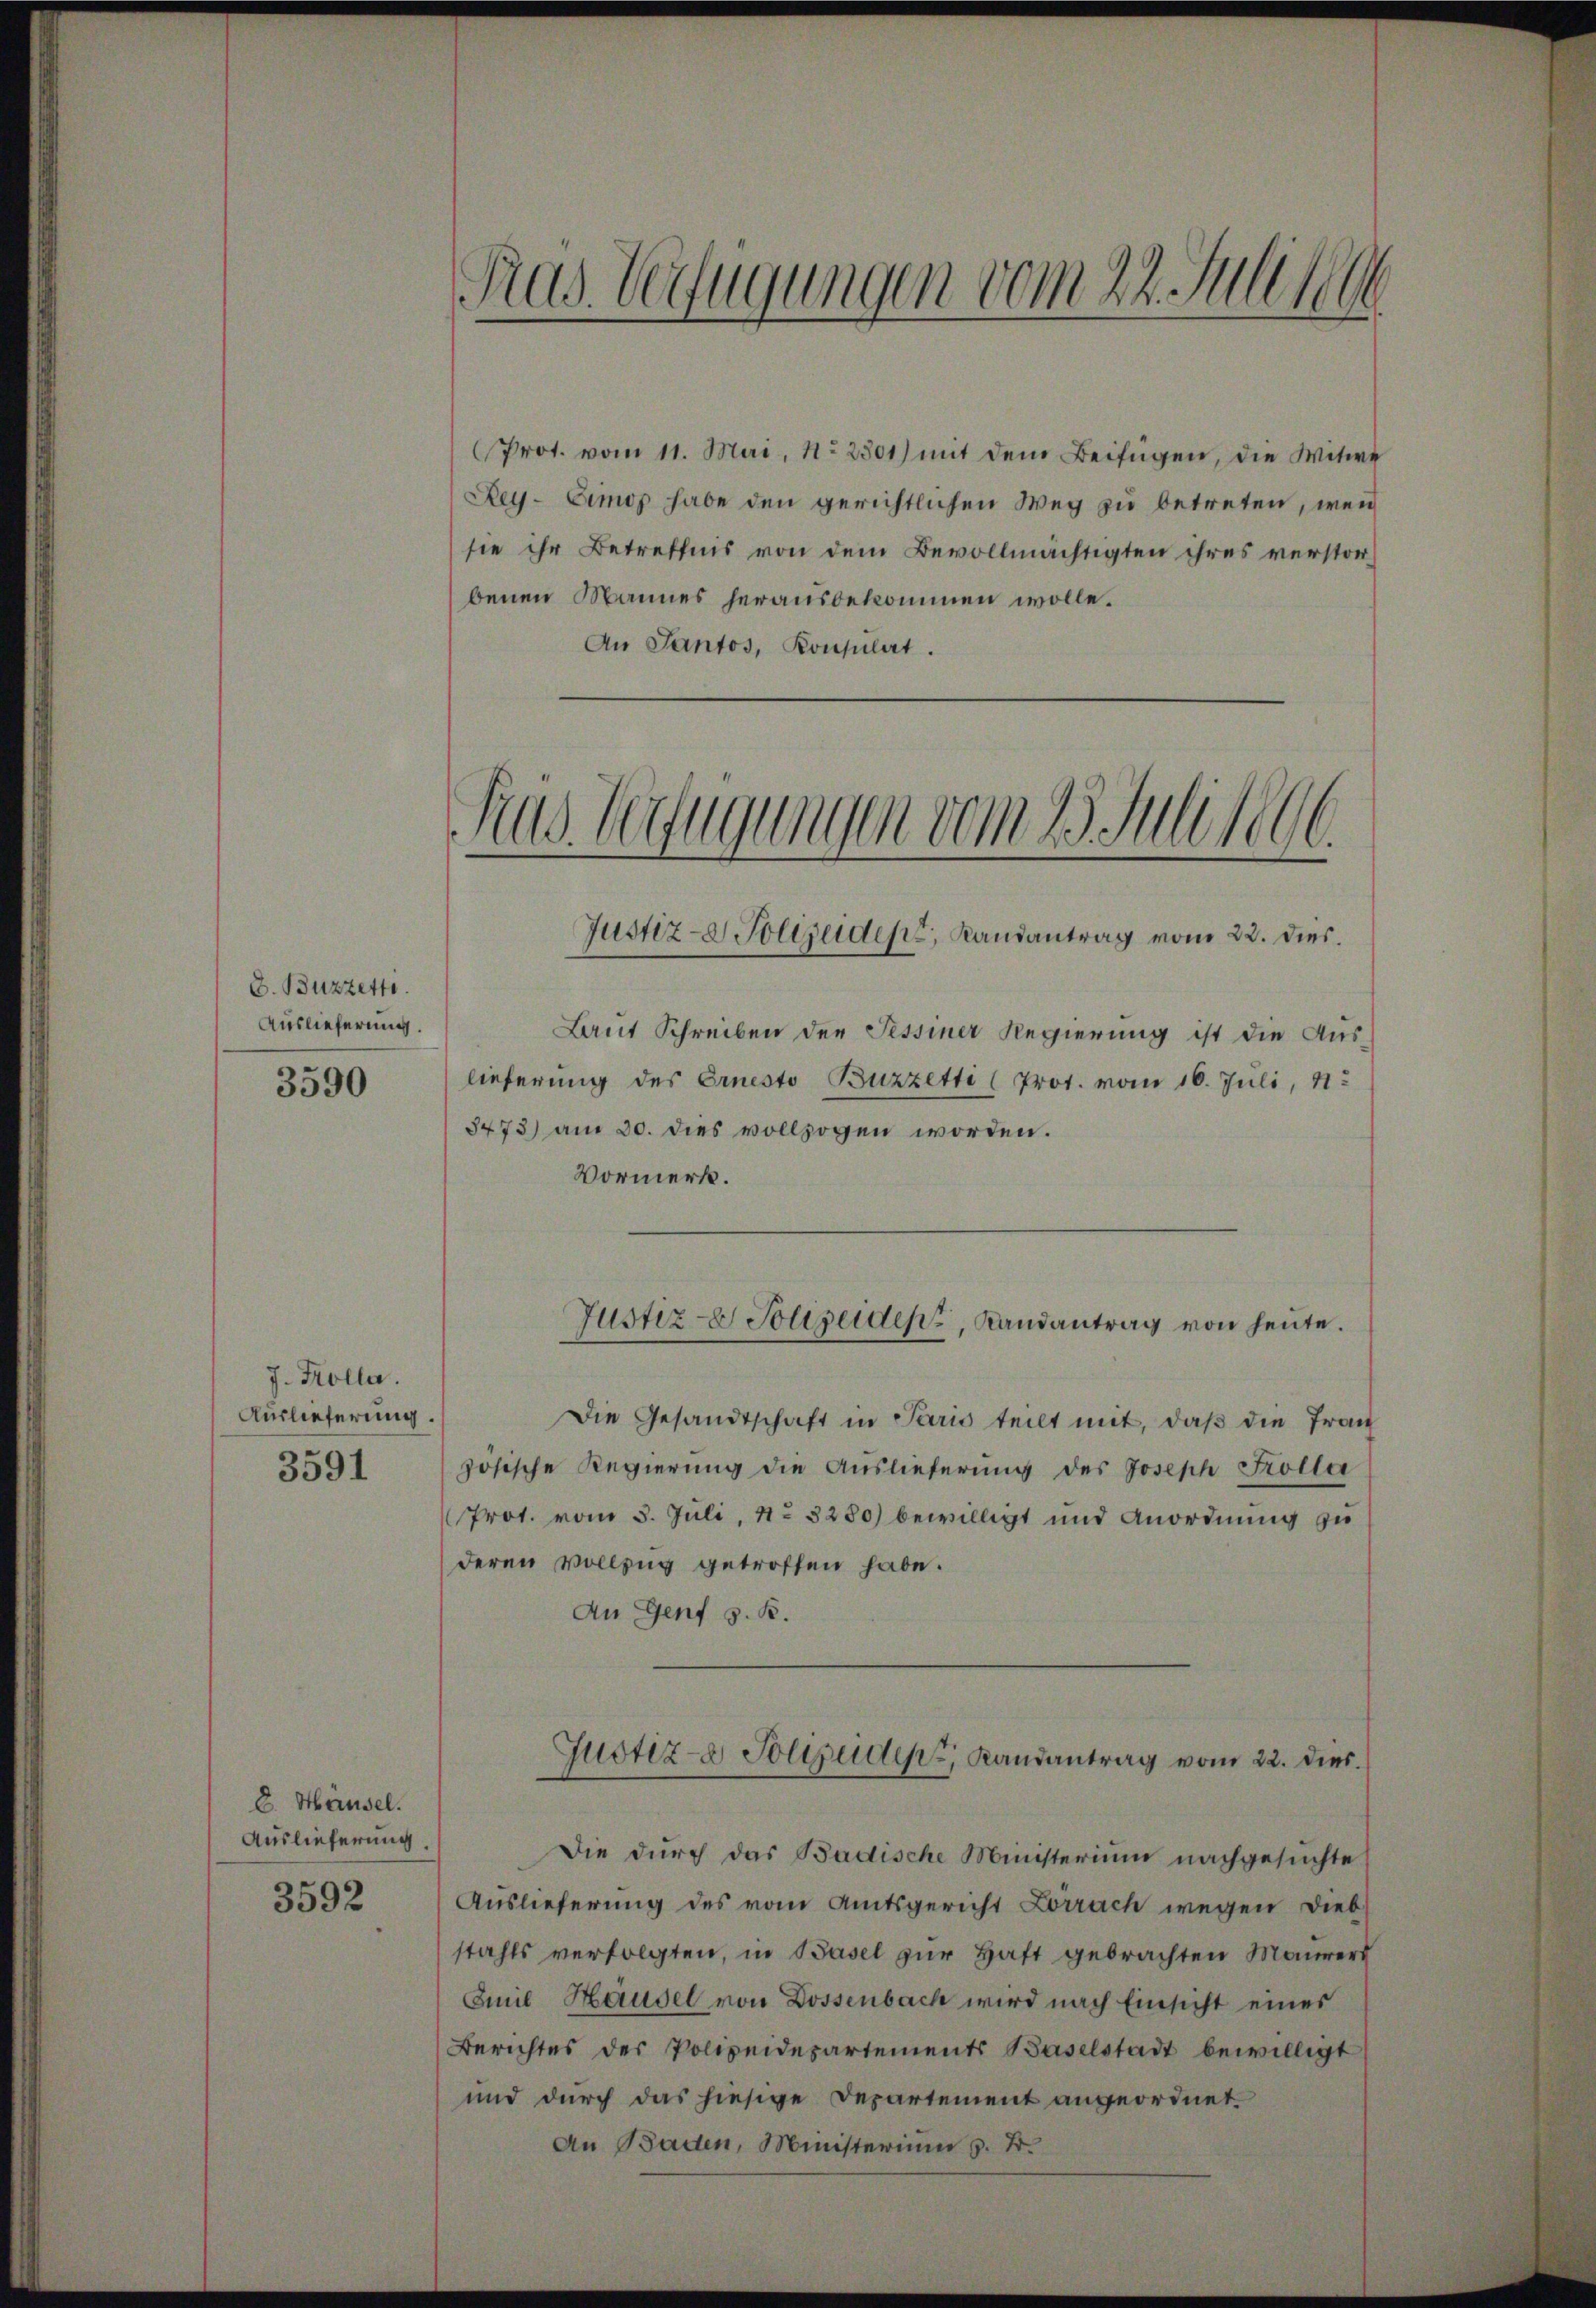
E. Buzzette
Auslieferung.
3590

J. Kolla.
Auslieferung.
3591

8. Häusel.
Auslieferung
3592

Prot. vom 11. Mai, No. 2301) mit dem Beifügen, die Witwe
Rey-Eimos habe den gerichtlichen Weg zu betreten, wenn
sie ihr Betreffnis von dem Bevollmächtigten ihres verstorbenen Mannes herausbekommen wolle.
An Pantos, Konsulat.

Pras. Verfügungen vom 22. Julisch

1.
Rus Verfügungen vom 1. Julier
Justiz- Polizeidens, Landantrag vom 22. dies

Laut Schreiben der Tessiner Regierung ist die Aus-
lieferung des Ernesto Buzzetti (Prot. vom 10. Juli, 11.
3473) am 30. dies vollzogen worden.
Vormerk.

Die Gesandtschaft in Paris teilt mit, daß die Fran
zösische Regierung die Auslieferung des Joseph Frolla
Prot. vom 5. Juli, 11. 3280) bewilligt und Anordnung zu
deren Vollzug getroffen habe.
An Genf s. B.

Justiz- & Polizeiden, Landantrag von heute.

Justiz- Polizeide Landantrag vom 22. dies

Die durch das Badische Ministerium nachgesuchte
Auslieferung des vom Amtsgericht Lörrach wegen Diebstahls verfolgten, in Basel zur Haft gebrachten Maurers
Emil Häusel von Dossenbach wird nach Einsicht eines
Berichtes der Polizeidepartements Baselstadt bewilligt
und durch das hiesige Departement angeordnet.
An Baden, Ministerium z. B.